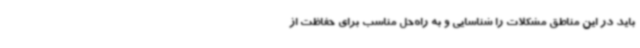
باید در این مناطق مشکلات را شناسایی و به راه‌حل مناسب برای حفاظت از